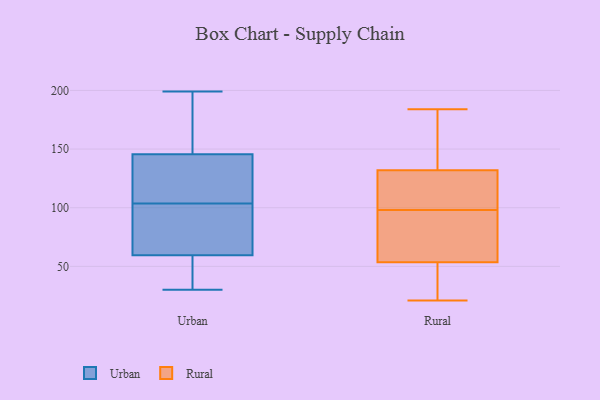
{"axis": {"x": "Population (Million)", "y": "Value"}, "legend": ["Rural", "Urban"], "data": [{"x": "", "y": 194, "type": "Urban"}, {"x": "", "y": 36, "type": "Urban"}, {"x": "", "y": 57, "type": "Urban"}, {"x": "", "y": 102, "type": "Urban"}, {"x": "", "y": 62, "type": "Urban"}, {"x": "", "y": 199, "type": "Urban"}, {"x": "", "y": 144, "type": "Urban"}, {"x": "", "y": 46, "type": "Urban"}, {"x": "", "y": 110, "type": "Urban"}, {"x": "", "y": 30, "type": "Urban"}, {"x": "", "y": 72, "type": "Urban"}, {"x": "", "y": 91, "type": "Urban"}, {"x": "", "y": 118, "type": "Urban"}, {"x": "", "y": 141, "type": "Urban"}, {"x": "", "y": 147, "type": "Urban"}, {"x": "", "y": 196, "type": "Urban"}, {"x": "", "y": 194, "type": "Urban"}, {"x": "", "y": 105, "type": "Urban"}, {"x": "", "y": 66, "type": "Urban"}, {"x": "", "y": 32, "type": "Urban"}, {"x": "", "y": 133, "type": "Rural"}, {"x": "", "y": 82, "type": "Rural"}, {"x": "", "y": 82, "type": "Rural"}, {"x": "", "y": 27, "type": "Rural"}, {"x": "", "y": 98, "type": "Rural"}, {"x": "", "y": 109, "type": "Rural"}, {"x": "", "y": 138, "type": "Rural"}, {"x": "", "y": 165, "type": "Rural"}, {"x": "", "y": 53, "type": "Rural"}, {"x": "", "y": 129, "type": "Rural"}, {"x": "", "y": 74, "type": "Rural"}, {"x": "", "y": 55, "type": "Rural"}, {"x": "", "y": 98, "type": "Rural"}, {"x": "", "y": 169, "type": "Rural"}, {"x": "", "y": 184, "type": "Rural"}, {"x": "", "y": 32, "type": "Rural"}, {"x": "", "y": 21, "type": "Rural"}, {"x": "", "y": 124, "type": "Rural"}, {"x": "", "y": 30, "type": "Rural"}]}